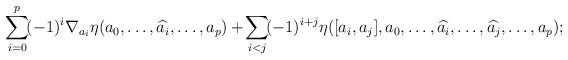
LaTeX: \begin{gather*} \!\sum_{i=0}^p\! (-1)^i\nabla_{a_i}\eta(a_0,\dots ,\widehat{a_i},\dots ,a_p) + \!\sum_{i<j}\! (-1)^{i+j}\eta([a_i,a_j],a_0,\dots ,\widehat{a_i},\dots ,\widehat{a_j},\dots ,a_p);\!\end{gather*}